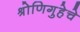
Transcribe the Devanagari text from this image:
श्रोणिगुहेचे